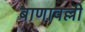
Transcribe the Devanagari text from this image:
बाणावल्ली